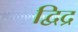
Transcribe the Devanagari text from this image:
द्विद्र